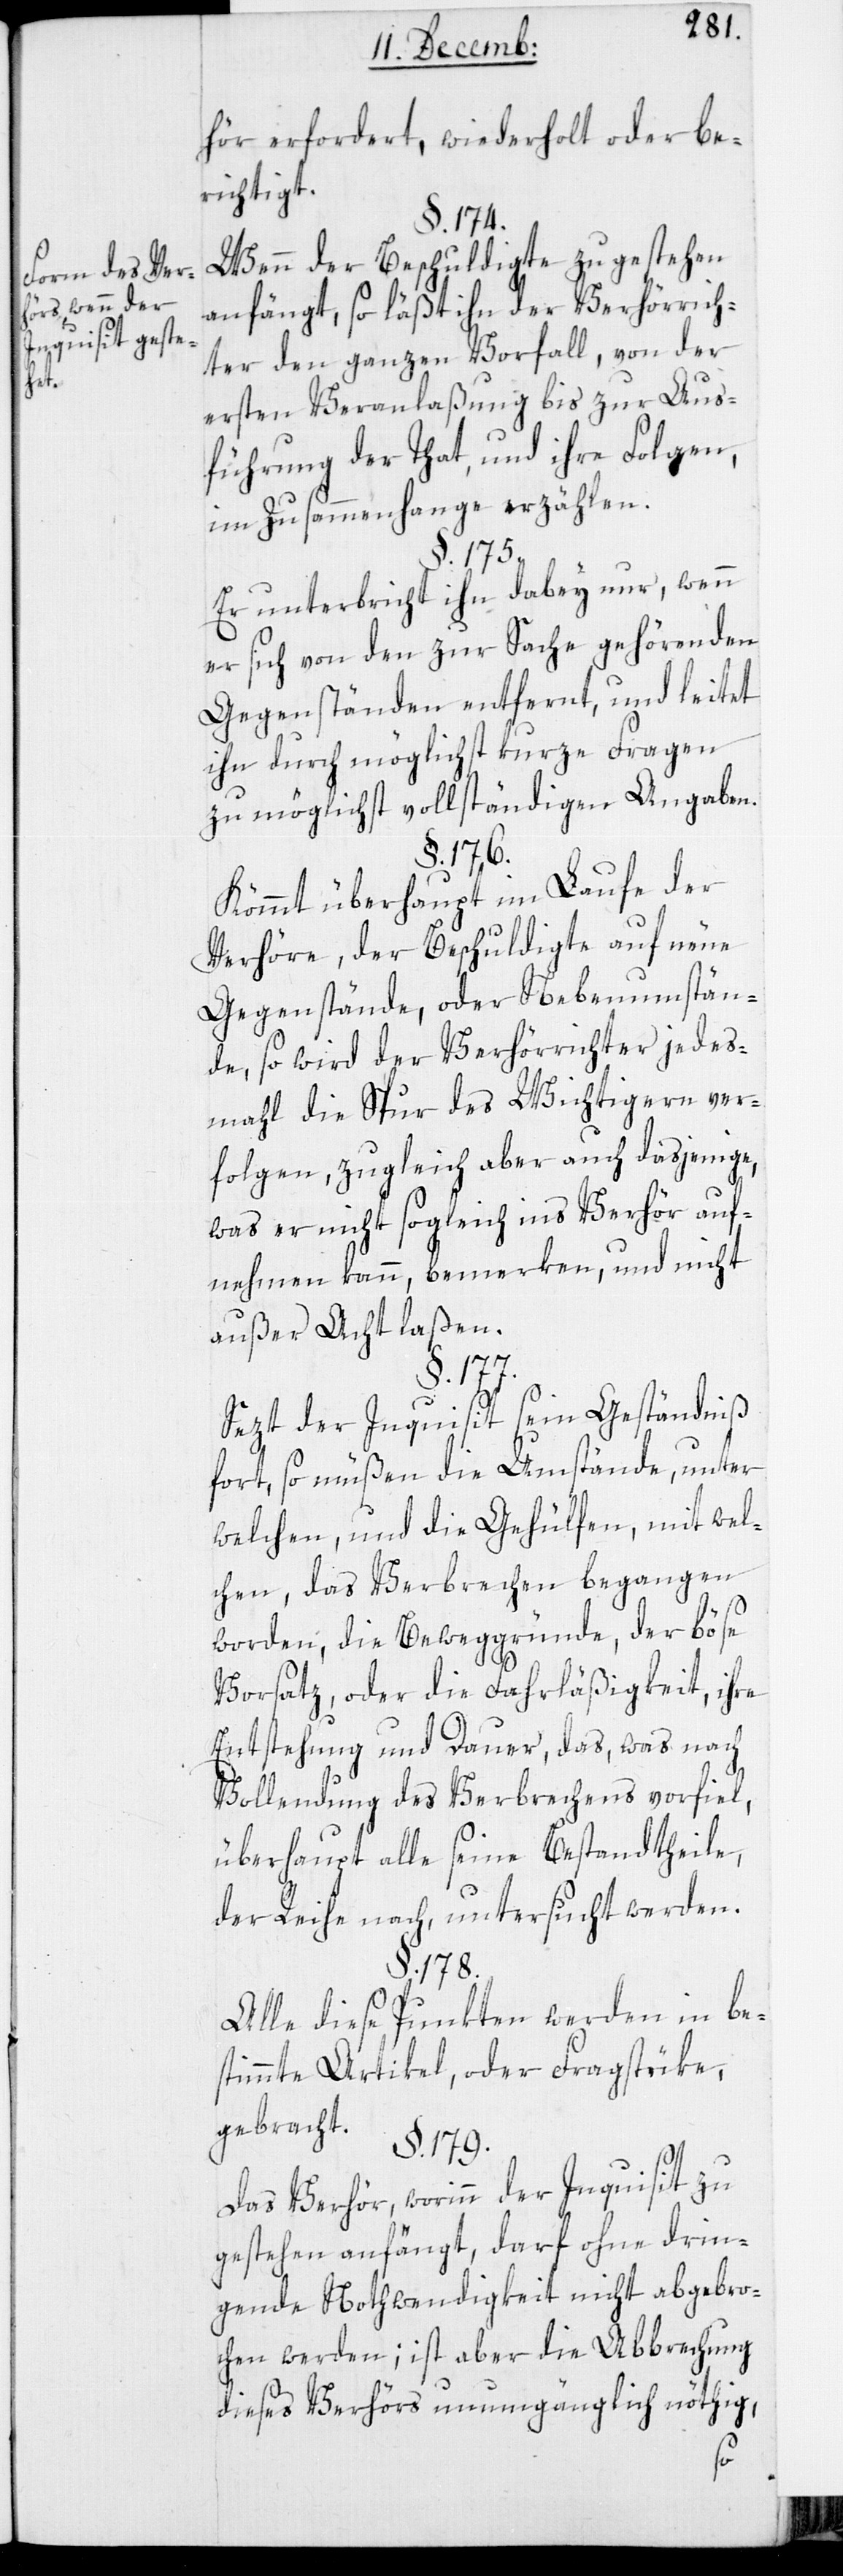
Form des Ver¬
hörs, wenn der
Inquisit geste¬
ht.

hör erfordert, wiederholt oder be¬
richtigt.
§. 174.
Wenn der Beschuldigte zu gestehen
anfängt, so läßt ihn der Verhörrich¬
ter den ganzen Vorfall, von der
ersten Veranlaßung bis zur Aus¬
führung der Tat und ihre Folgen,
im Zusammenhange erzählen.
§. 175.
Er unterbricht ihn dabey nur, wenn
er sich von den zur Sache gehörenden
Gegenständen entfernt, und leitet
ihn durch möglichst kurze Fragen
zu möglichst vollständigen Angaben.
§. 176.
Kömmt überhaupt im Laufe der
Verhöre, der Beschuldigte auf neue
Gegenstände, oder Nebenumstän¬
de, so wird der Verhörrichter jedes
Mal die Spur des Wichtigern ver¬
folgen, zugleich aber auch dasjenige,
was er nicht sogleich ins Verhör auf¬
nehmen kann, bemerken, und nicht
außer Acht laßen.
Sezt der Inquisit seyn Geständniß
fort, so müßen die Umstände, unter
welchen, und die Gehülfen, mit wel¬
chen das Verbrechen begangen
worden, die Beweggründe, der böse
Vorsatz oder die Fahrläßigkeit, ihre
Entstehung und Dauer, das, was nach
Vollendung des Verbrechens vorfiel,
überhaupt alle seine Bestandtheile,
der Reihe nach untersucht werden.
§. 178.
Alle diese Punkten werden in be¬
stimmte Artikel, oder Fragstüke
gebracht.
§. 179.
Das Verhör, worinn der Inquisit zu
gestehen anfängt, darf ohne drin¬
gende Notwendigkeit nicht abgebro¬
chen werden; ist aber die Abbrechung
dieses Verhörs unumgänglich nöthig,